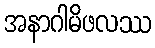
အနာဂါမိဖလဿ